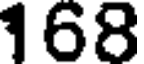
168